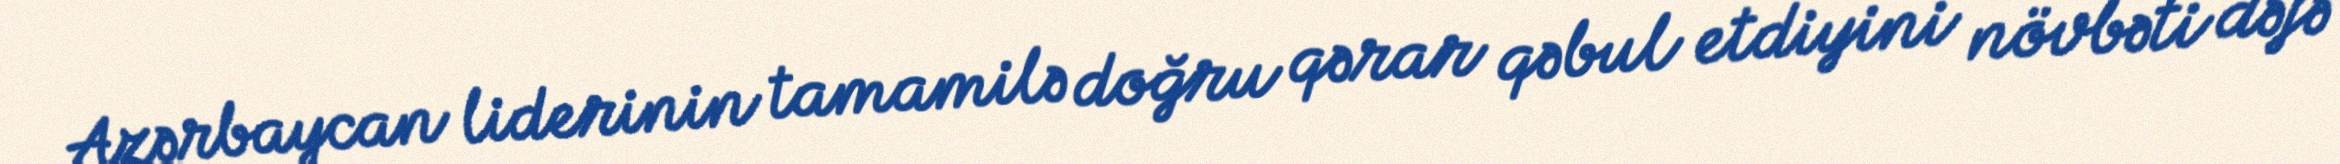
Azərbaycan liderinin tamamilə doğru qərar qəbul etdiyini növbəti dəfə